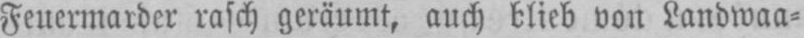
Feuermarder rasch geräumt, auch blieb von Landwaa⸗